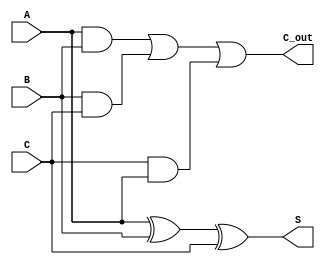
module dynamic_carry_save_adder(
    input [n-1:0] A,  // Input A
    input [n-1:0] B,  // Input B
    input [n-1:0] C,  // Input C
    output [n-1:0] S, // Sum Output
    output [n-1:0] C_out // Carry Output
);
    parameter n = 8; // Bit-width of inputs and outputs

    wire [n-1:0] carry_AB; // Carry output from A and B
    wire [n-1:0] carry_BC; // Carry output from B and C
    wire [n-1:0] carry_CA; // Carry output from C and A

    // Generate carry bits using AND gates
    assign carry_AB = A & B; // Carry between A and B
    assign carry_BC = B & C; // Carry between B and C
    assign carry_CA = C & A; // Carry between C and A

    // Calculate the Sum using XOR gates
    assign S = A ^ B ^ C; // Partial sum calculation

    // Generate final carry output using OR gates
    assign C_out = carry_AB | carry_BC | carry_CA; // Final carry output

endmodule